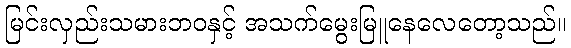
မြင်းလှည်းသမားဘဝနှင့် အသက်မွေးမြူနေလေတော့သည်။